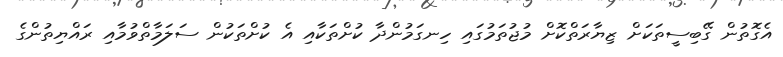
އެގޮތުން ގޭބިސީތަކަށް ޒިޔާރަތްކޮށް މުޖުތަމުގައި ހިނގަމުންދާ ކުށްތަކާއި އެ ކުށްތަކުން ސަލަމާތްވުމާއި ރައްޔިތުންގެ